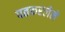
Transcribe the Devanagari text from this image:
पतकरलेले